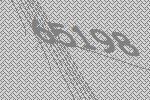
65198